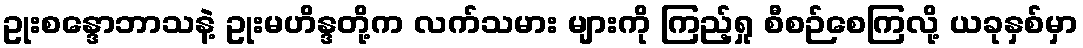
ဥုးစန္ဒောဘာသနဲ့ ဥုးမဟိန္ဒတို့က လက်သမား များကို ကြည့်ရှု စီစဉ်စေကြလို့ ယခုနှစ်မှာ